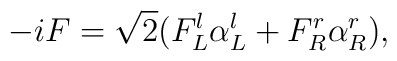
-i F = \sqrt{2} (F_L^l \alpha_L^l + F_R^r \alpha_R^r),